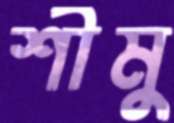
শীমু